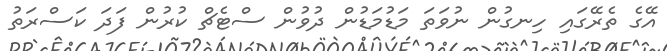
އޭގެ ތެރޭގައި ހިނގުން ނުވަތަ މަޑުމަޑުން ދުވުން ސްޓެޗް ކުރުން ފަދަ ކަސްރަތު